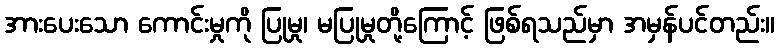
အားပေးသော ကောင်းမှုကို ပြုမှု၊ မပြုမှုတို့ကြောင့် ဖြစ်ရသည်မှာ အမှန်ပင်တည်း။